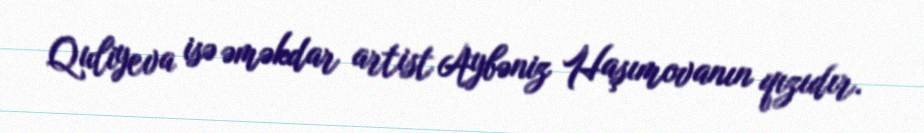
Quliyeva isə əməkdar artist Aybəniz Haşımovanın qızıdır.